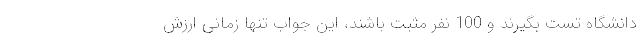
دانشگاه تست بگیرند و 100 نفر مثبت باشند، این جواب تنها زمانی ارزش